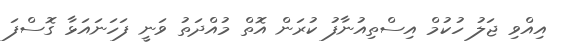
އިއްވި ޖަލު ހުކުމް އިސްތިއުނާފު ކުރަން އޮތް މުއްދަތު ވަނީ ފަހަނައަޅާ ގޮސްފަ